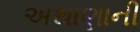
અથાણાની